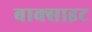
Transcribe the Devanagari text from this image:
बाक्‍साइट